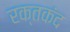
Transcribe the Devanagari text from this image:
रक्तकंद